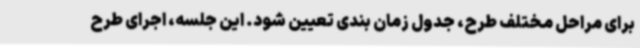
برای مراحل مختلف طرح، جدول زمان بندی تعیین شود. این جلسه، اجرای طرح